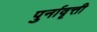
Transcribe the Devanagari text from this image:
पुर्नावृत्ती